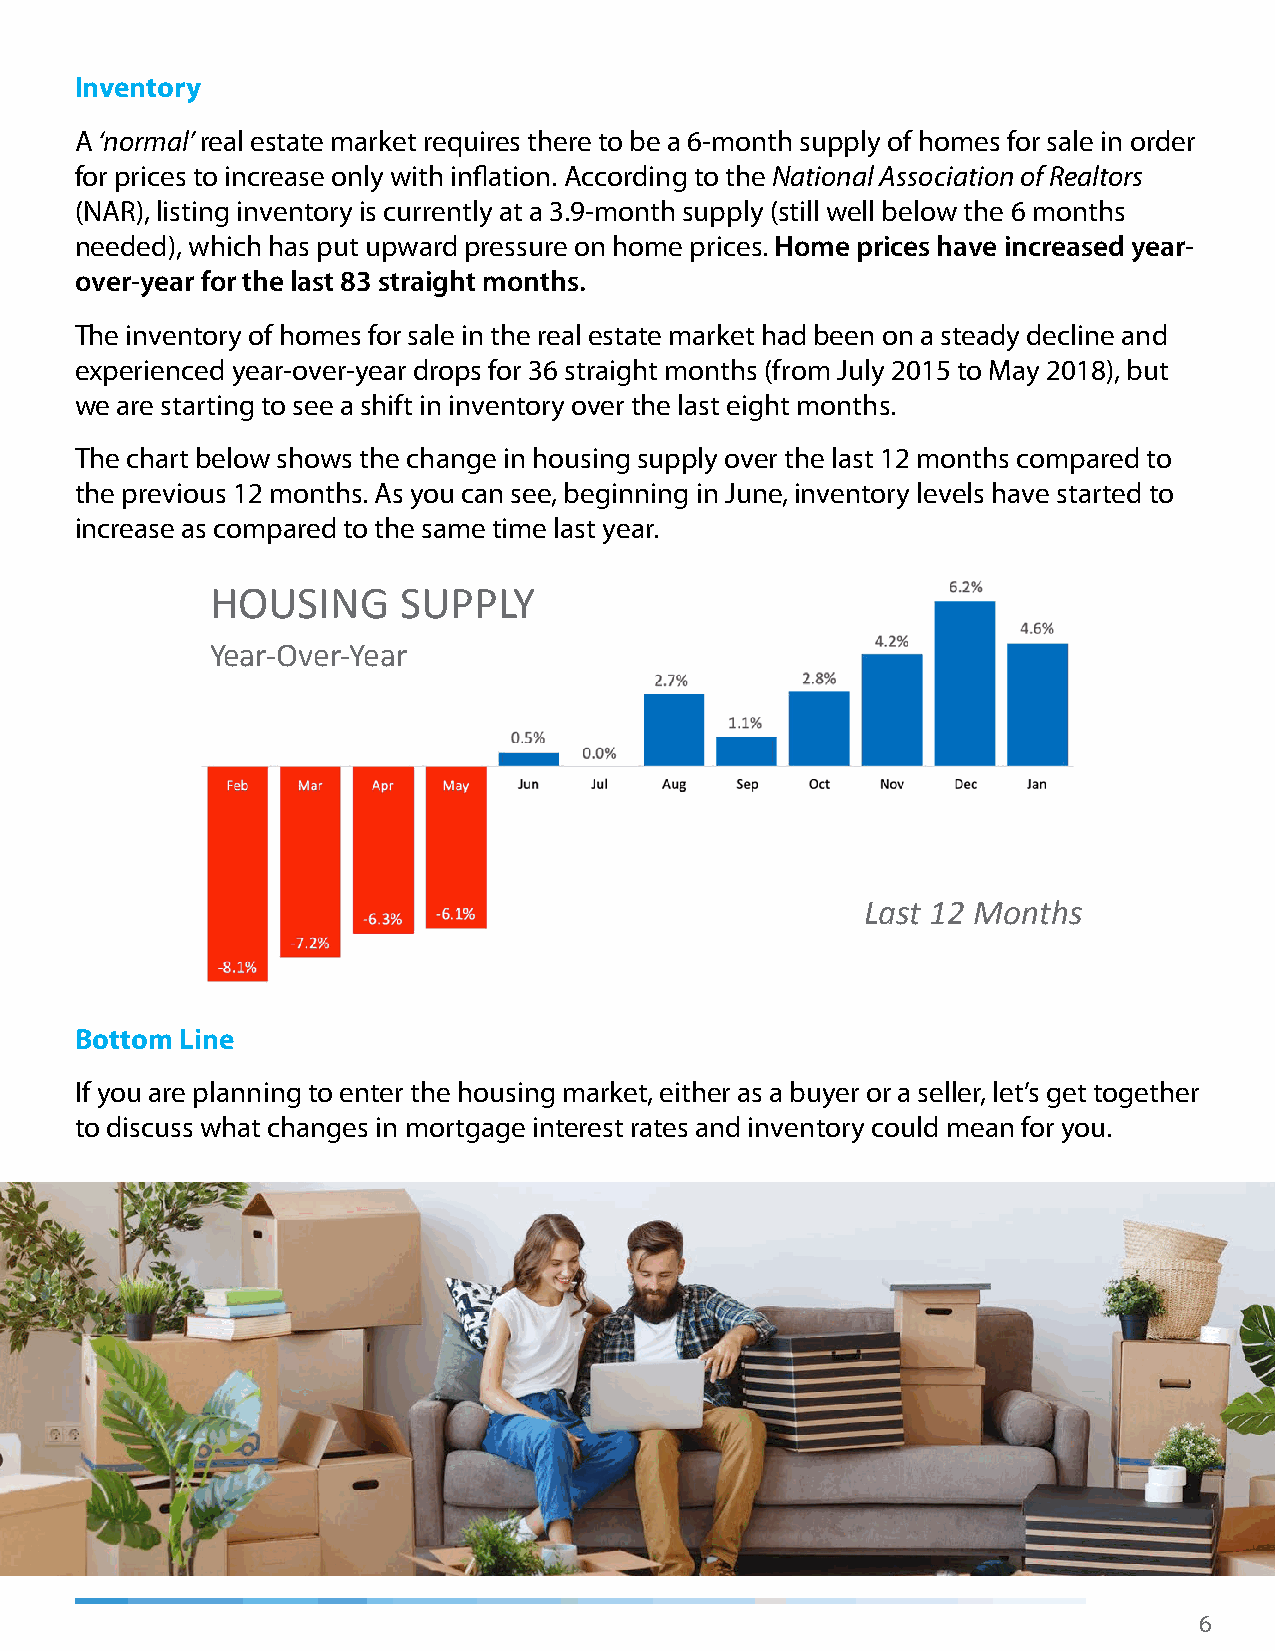
Inventory
 A ‘normal’ real estate market requires there to be a 6-month supply of homes for sale in order
 for prices to increase only with inflation. According to the National Association of Realtors
 (NAR), listing inventory is currently at a 3.9-month supply (still well below the 6 months
 needed), which has put upward pressure on home prices. Home prices have increased year-
 over-year for the last 83 straight months.
 The inventory of homes for sale in the real estate market had been on a steady decline and
 experienced year-over-year drops for 36 straight months (from July 2015 to May 2018), but
 we are starting to see a shift in inventory over the last eight months.
 The chart below shows the change in housing supply over the last 12 months compared to
 the previous 12 months. As you can see, beginning in June, inventory levels have started to
 increase as compared to the same time last year.
 HOUSING     SUPPLY
 Year-Over-Year
 Last 12 Months
 Bottom Line
 If you are planning to enter the housing market, either as a buyer or a seller, let’s get together
 to discuss what changes in mortgage interest rates and inventory could mean for you.
 6